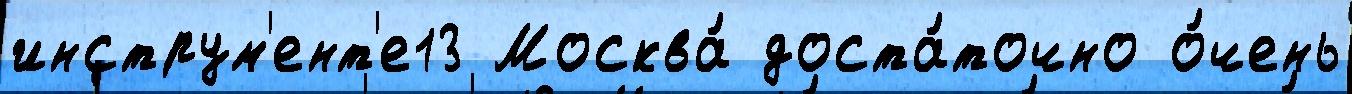
инструм'ент'е13 Москва́ доста́точно о́чень